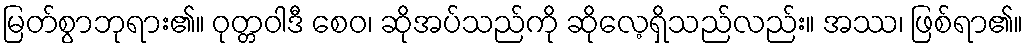
မြတ်စွာဘုရား၏။ ဝုတ္တဝါဒီ စေဝ၊ ဆိုအပ်သည်ကို ဆိုလေ့ရှိသည်လည်း။ အဿ၊ ဖြစ်ရာ၏။